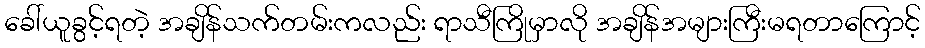
ခေါ်ယူခွင့်ရတဲ့ အချိန်သက်တမ်းကလည်း ရာသီကြိုမှာလို အချိန်အများကြီးမရတာကြောင့်